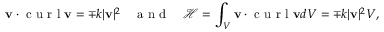
\mathbf { v } \cdot \textrm { c u r l } \mathbf { v } = \mp k | \mathbf { v } | ^ { 2 } \quad \textrm { a n d } \quad \mathcal { H } = \int _ { V } \mathbf { v } \cdot \textrm { c u r l } \mathbf { v } d V = \mp k | \mathbf { v } | ^ { 2 } V ,